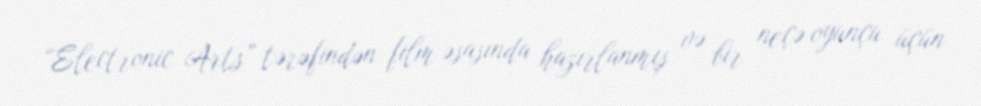
“Electronic Arts” tərəfindən film əsasında hazırlanmış və bir neçə oyunçu üçün